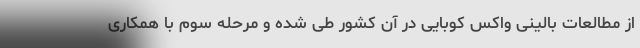
از مطالعات بالینی واکس کوبایی در آن کشور طی شده و مرحله سوم با همکاری